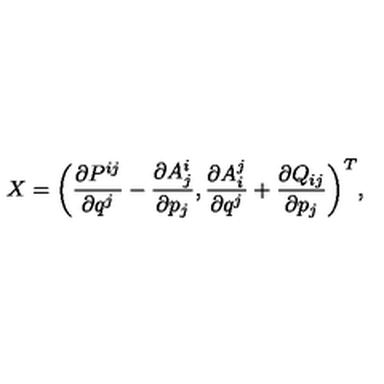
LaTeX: X = \bigg ( \frac { \partial P ^ { i j } } { \partial q ^ { j } } - \frac { \partial A _ { j } ^ { i } } { \partial p _ { j } } , \frac { \partial A _ { i } ^ { j } } { \partial q ^ { j } } + \frac { \partial Q _ { i j } } { \partial p _ { j } } \bigg ) ^ { T } ,